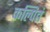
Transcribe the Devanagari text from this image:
कल्पितं